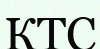
КТС